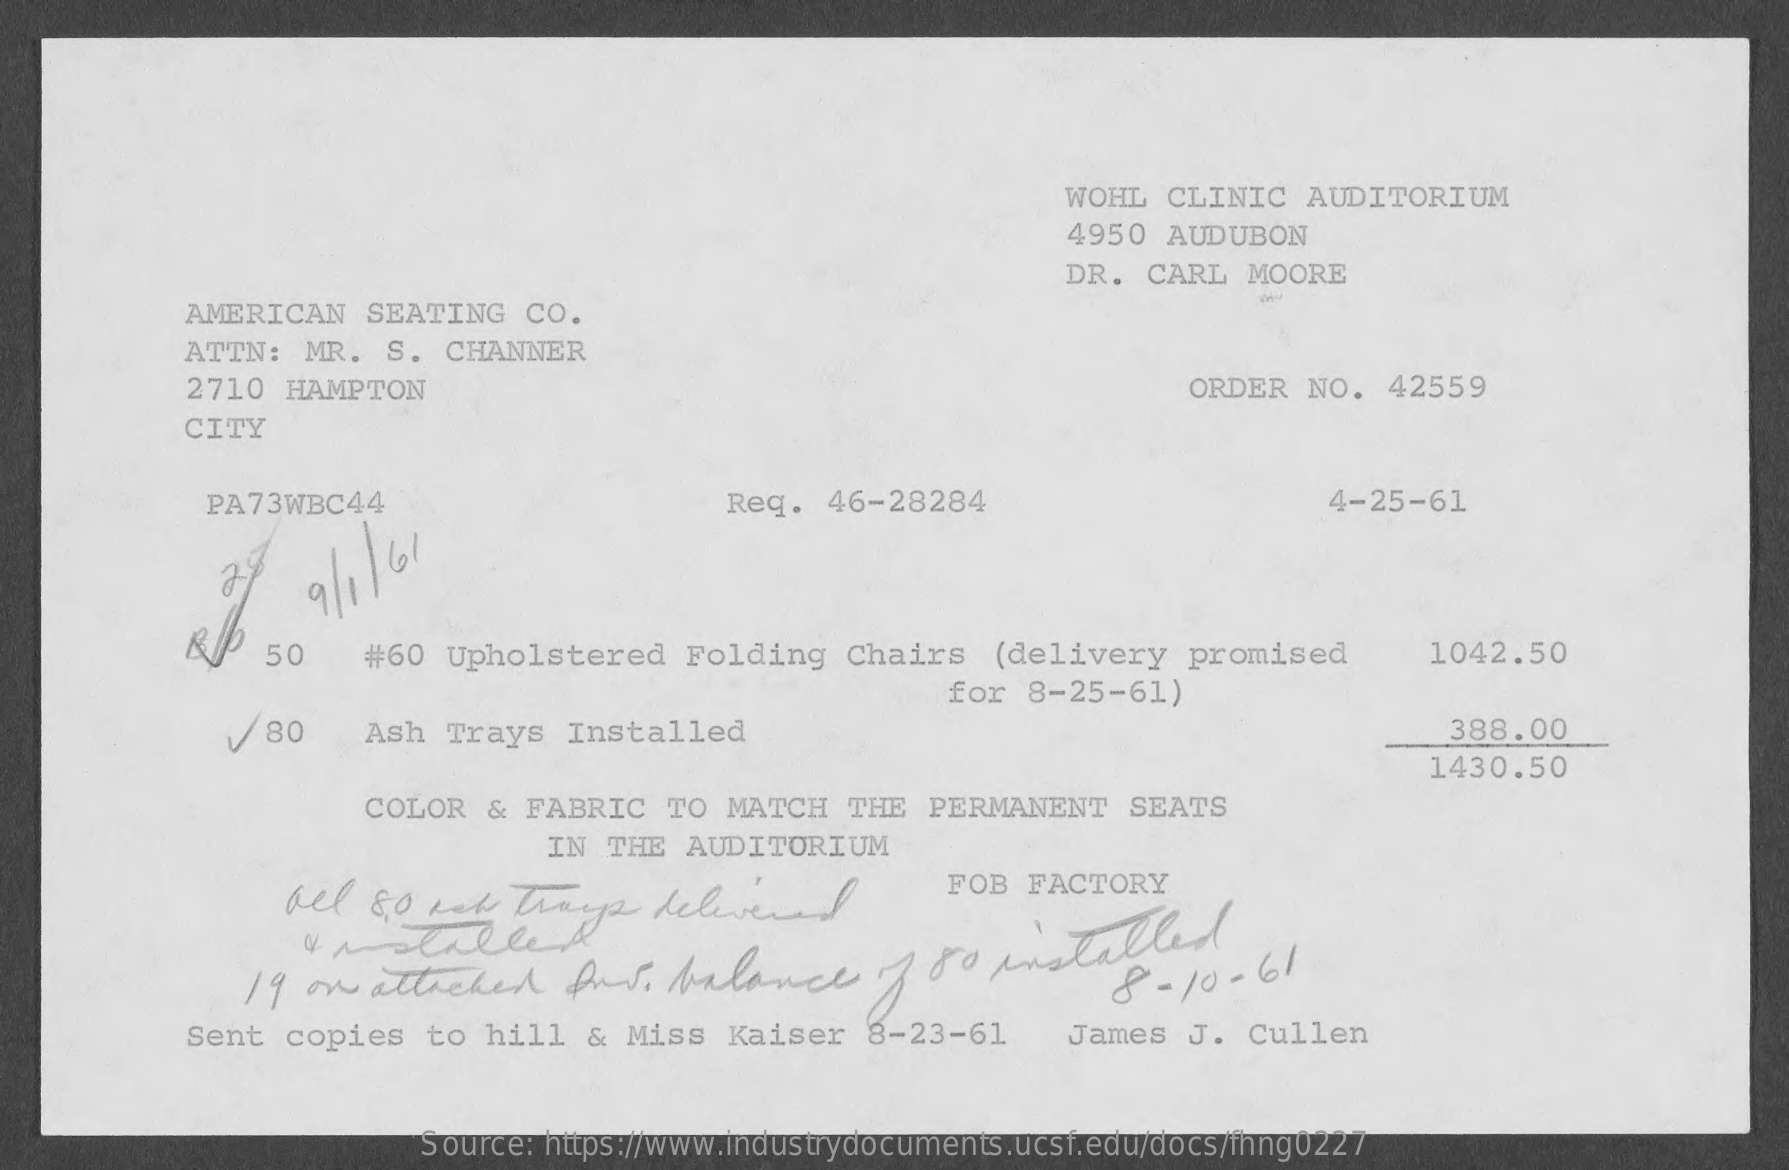
WOHL  CLINIC  AUDITORIUM
     4950  AUDUBON
     DR.  CARL  MOORE
     AMERICAN   SEATING   CO.
     ATTN:  MR.  S.  CHANNER
     2710  HAMPTON    ORDER   NO.  42559
     CITY
     PA73WBC44    Req.  46-28284    4-25-61
     28   9/ 1 /61
     50    #60  Upholstered    Folding   Chairs   (delivery   promised    1042.50
     for  8-25-61)
     /  80    Ash  Trays  Installed    388.00
     1430.50
     COLOR  &  FABRIC   TO MATCH   THE  PERMANENT   SEATS
     IN  THE  AUDITORIUM
     all  80  kat  trup    delivered
     FOB  FACTORY
     Installed
     19 on  attached    Aus.   balance    of so  installed
     8-10-    61
     Sent  copies   to hill   & Miss  Kaiser   8-23-61    James  J.  Cullen
     Source: https://www.industrydocuments.ucsf.edu/docs/fhng0227